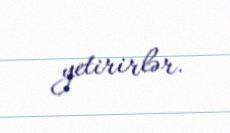
yetirirlər.